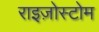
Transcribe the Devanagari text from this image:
राइज़ोस्टोम